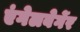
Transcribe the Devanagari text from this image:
एंगेलबेर्गेर